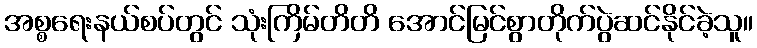
အစ္စရေးနယ်စပ်တွင် သုံးကြိမ်တိတိ အောင်မြင်စွာတိုက်ပွဲဆင်နိုင်ခဲ့သူ။